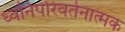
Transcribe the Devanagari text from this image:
ध्वनिपरिवर्तनात्मक